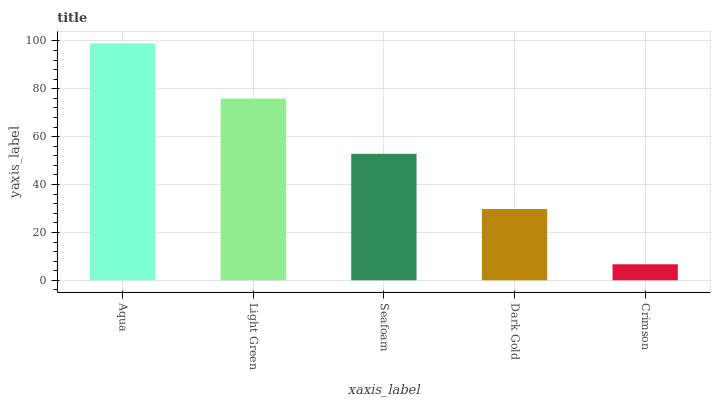
| xaxis_label | bars |
 | --- | --- |
 | Aqua | 99 |
 | Light Green | 75.9 |
 | Seafoam | 52.8 |
 | Dark Gold | 29.8 |
 | Crimson | 6.7 |